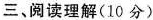
三、阅读理解(10分)